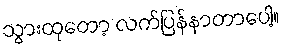
သွားထုတော့ လက်ပြန်နာတာပေါ့။